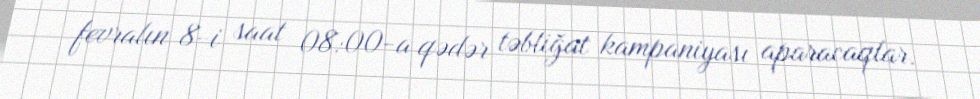
fevralın 8-i saat 08:00-a qədər təbliğat kampaniyası aparacaqlar.